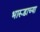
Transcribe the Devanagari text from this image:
भारूडाच्या